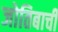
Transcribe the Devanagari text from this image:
जोतिबाची